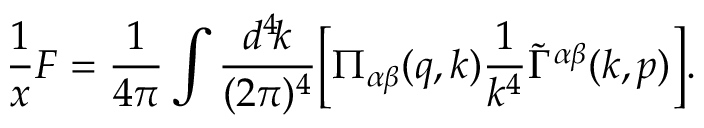
\frac { 1 } { x } F = \frac { 1 } { 4 \pi } \int \frac { d ^ { 4 } \! k } { ( 2 \pi ) ^ { 4 } } \biggl [ \Pi _ { \alpha \beta } ( q , k ) \frac { 1 } { k ^ { 4 } } \tilde { \Gamma } ^ { \alpha \beta } ( k , p ) \biggr ] .